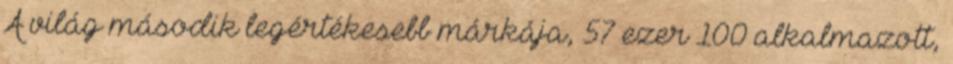
A világ második legértékesebb márkája, 57 ezer 100 alkalmazott,